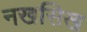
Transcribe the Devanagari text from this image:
नखसिख